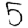
Digit: 5